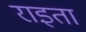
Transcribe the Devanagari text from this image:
राइता